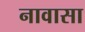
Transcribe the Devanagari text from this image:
नावासा